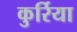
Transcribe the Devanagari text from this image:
कुर्रिया